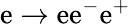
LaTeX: \mathrm{e}\to\mathrm{e}\mathrm{e}^{-}\mathrm{e}^{+}